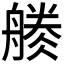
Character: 𱼾